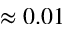
\approx 0 . 0 1